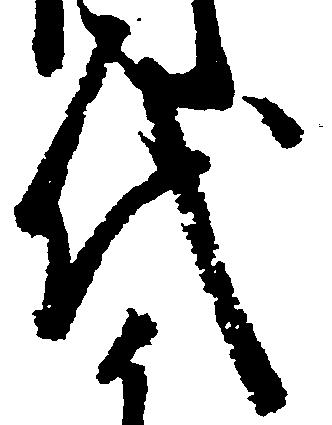
代